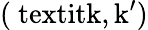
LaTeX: \mathrm{(\ textit{k,k^{\prime}})}